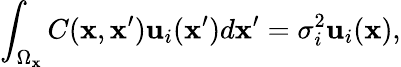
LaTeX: \int_{\Omega_{\mathbf{x}}}C(\mathbf{x},\mathbf{x}^{\prime}){\mathbf{{u}}}_{i}(\mathbf{x}^{\prime})d\mathbf{x}^{\prime}=\sigma_{i}^{2}{\mathbf{{u}}}_{i}(\mathbf{x}),